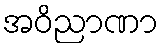
အဝိညာဏာ